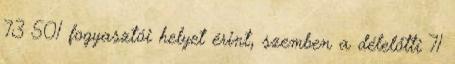
73 501 fogyasztói helyet érint, szemben a délelőtti 71